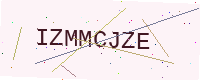
Text: IZMMCJZE